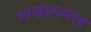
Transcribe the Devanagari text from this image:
व्यख्यानमाला